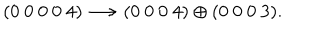
LaTeX: ( 0 ~ 0 ~ 0 ~ 0 ~ 4 ) \longrightarrow ( 0 ~ 0 ~ 0 ~ 4 ) \oplus ( 0 ~ 0 ~ 0 ~ 3 ) .